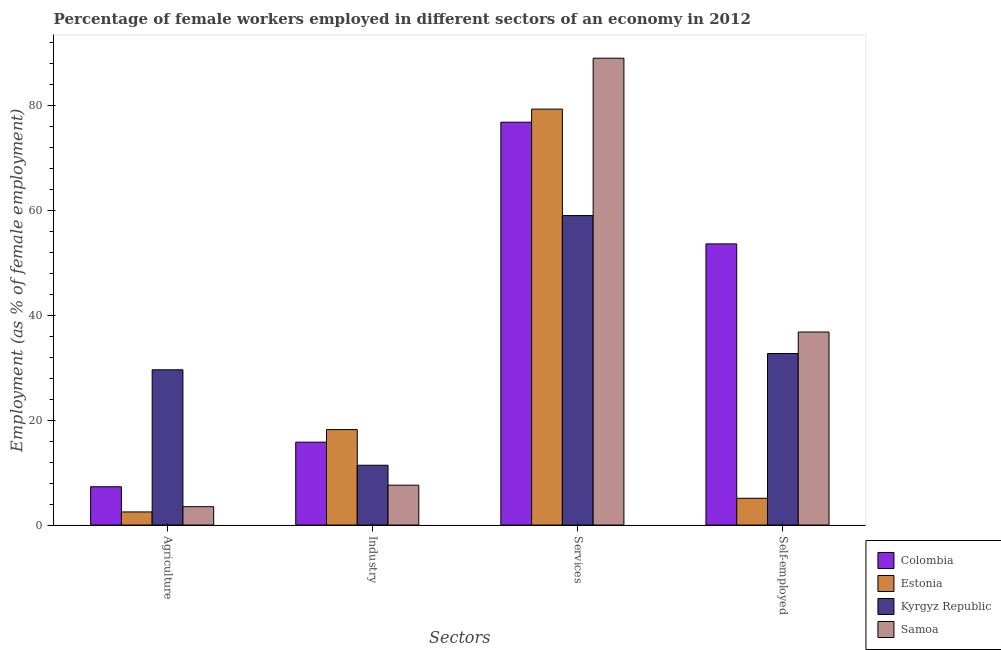
| Sectors | Colombia | Estonia | Kyrgyz Republic | Samoa |
 | --- | --- | --- | --- | --- |
 | Agriculture | 7.3 | 2.5 | 29.6 | 3.5 |
 | Industry | 15.8 | 18.2 | 11.4 | 7.6 |
 | Services | 76.8 | 79.3 | 59 | 89 |
 | Self-employed | 53.6 | 5.1 | 32.7 | 36.8 |